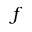
f